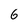
Character: 6